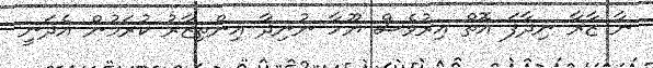
ނާ ޒާރާ ނިދާފަ އޮތް އިރުވެސް ޔޫހާ ނުނިދާ އިންތިޒާރު ކުރަމުން އެދަނީ